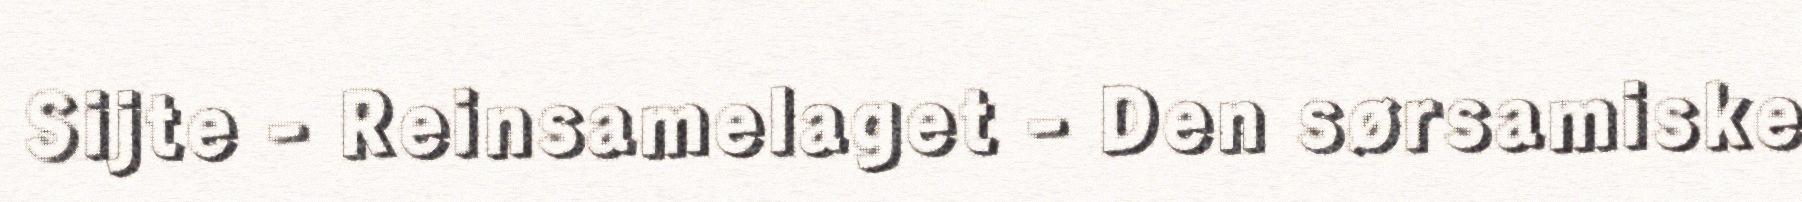
Sijte - Reinsamelaget - Den sørsamiske